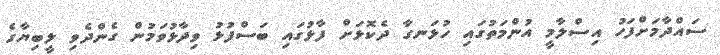
ސައްދާމަށްފަހު އިސްލާމީ އުންމަތުގައި ހުޅަނގާ ދެކޮޅަށް ފާޅުގައި ބަސްފުޅު ވިދާޅުވަމުން ގެންދެވި ލީބިޔާގެ